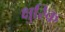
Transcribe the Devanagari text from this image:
क्षुरिक